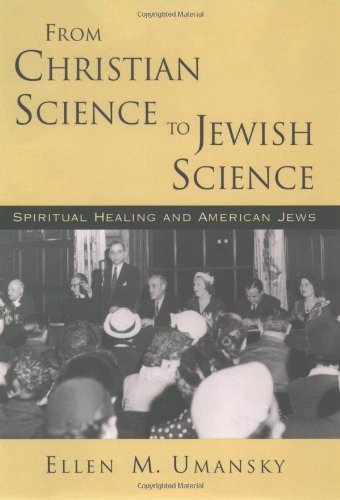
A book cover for From Christian Science to Jewish Science: Spiritual Healing and American Jews; Ellen M. Umansky; Christian Books & Bibles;